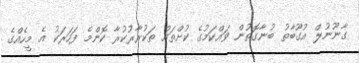
ގާނޫނުލް އުގޫބާތު ބުނާގޮތުން ވައްކަމުގެ ކުށްތައް ތަކުރާރުކުރާ ކޮންމެ ފަހަރަކު އެ މީހެއްގެ